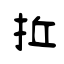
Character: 拞